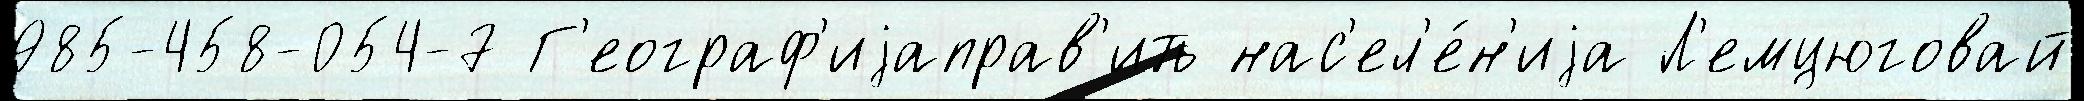
985-458-054-7 Г'еограф'иjаправ'ить нас'ел'е́н'иjа Л'емцюговай